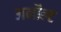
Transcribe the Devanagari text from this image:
अर्नोल्ट